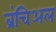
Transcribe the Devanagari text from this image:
ब्रंचिअल